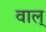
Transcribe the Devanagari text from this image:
वाल्